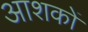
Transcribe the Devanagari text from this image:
आशकों